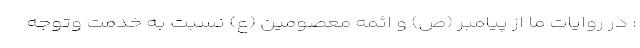
: در روایات ما از پیامبر (ص) و ائمه معصومین (ع) نسبت به خدمت وتوجه